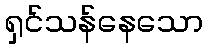
ရှင်သန်နေသော